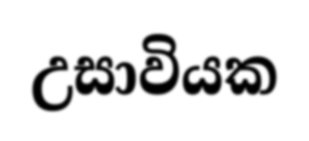
උසාවියක